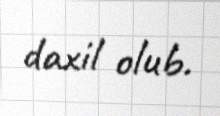
daxil olub.